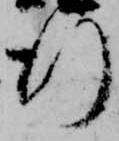
行